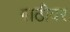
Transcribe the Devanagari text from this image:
गाठीवर